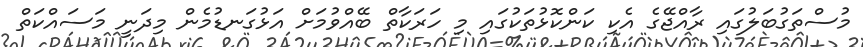
މުސްތަގުބަލުގައި ރާއްޖޭގެ އެކި ކަންކޮޅުތަކުގައި މި ހަރަކާތް ބޭއްވުމަށް އަޅުގަނޑުމެން މިދަނީ މަސައްކަތް